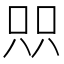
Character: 𫪉